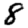
Digit: 8